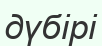
дүбірі